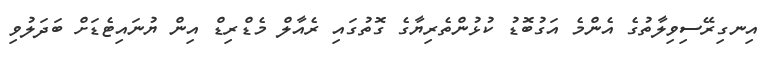
އިނގިރޭސިވިލާތުގެ އެންމެ އަގުބޮޑު ކުޅުންތެރިޔާގެ ގޮތުގައި ރެއާލް މެޑްރިޑް އިން ޔުނައިޓެޑަށް ބަދަލުވި